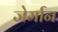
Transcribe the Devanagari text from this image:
जेर्मान